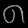
Digit: ၈